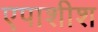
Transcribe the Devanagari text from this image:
एपाशीश